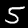
Label: 5